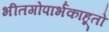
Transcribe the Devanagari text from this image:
भीतगोपार्भकाहूतो